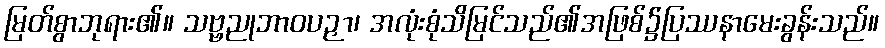
မြတ်စွာဘုရား၏။ သဗ္ဗညုဘာဝပဉှာ၊ အလုံးစုံသိမြင်သည်၏အဖြစ်၌ပြဿနာမေးခွန်းသည်။